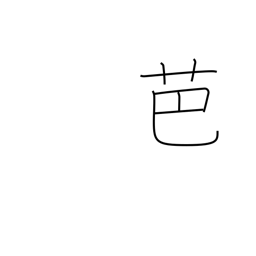
Meaning: banana